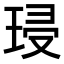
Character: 𭹔